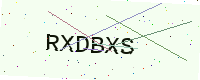
Text: RXDBXS